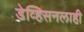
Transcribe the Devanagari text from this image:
डेव्हिसनलाही